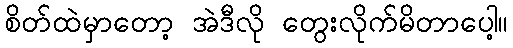
စိတ်ထဲမှာတော့ အဲဒီလို တွေးလိုက်မိတာပေါ့။